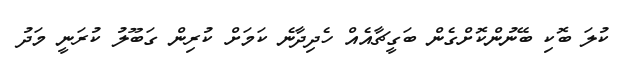
ކުލަ ބޮކި ބޭނުންކޮށްގެން ބަގީޗާއެއް ހެދިދާނެ ކަމަށް ކުރިން ގަބޫލު ކުރަނީ މަދު